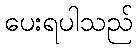
ပေးရပါသည်